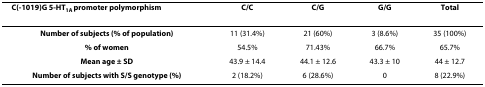
<table><thead><tr><td><b>C(-1019)G 5-HT<sub>1A </sub>promoter polymorphism</b></td><td><b>C/C</b></td><td><b>C/G</b></td><td><b>G/G</b></td><td><b>Total</b></td></tr></thead><tbody><tr><td><b>Number of subjects (% of population)</b></td><td>11 (31.4%)</td><td>21 (60%)</td><td>3 (8.6%)</td><td>35 (100%)</td></tr><tr><td><b>% of women</b></td><td>54.5%</td><td>71.43%</td><td>66.7%</td><td>65.7%</td></tr><tr><td><b>Mean age ± SD</b></td><td>43.9 ± 14.4</td><td>44.1 ± 12.6</td><td>43.3 ± 10</td><td>44 ± 12.7</td></tr><tr><td><b>Number of subjects with S/S genotype (%)</b></td><td>2 (18.2%)</td><td>6 (28.6%)</td><td>0</td><td>8 (22.9%)</td></tr></tbody></table>